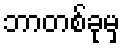
ဘာတစ်ခုမှ